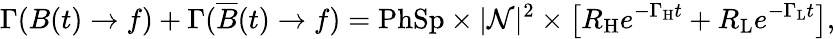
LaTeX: \Gamma(B(t)\to f)+\Gamma(\overline{{{B}}}(t)\to f)=\mathrm{PhSp}\times|{\cal N}|^{2}\times\left[R_{\mathrm{H}}e^{-\Gamma_{\mathrm{H}}t}+R_{\mathrm{L}}e^{-\Gamma_{\mathrm{L}}t}\right],